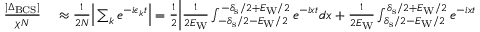
\begin{array} { r l } { \frac { | \Delta _ { \mathrm { B C S } } | } { \chi N } } & { { } \approx \frac { 1 } { 2 N } \Big | \sum _ { k } e ^ { - i \epsilon _ { k } t } \Big | = \frac { 1 } { 2 } \bigg | \frac { 1 } { 2 E _ { \mathrm { W } } } \int _ { - \delta _ { \mathrm { s } } / 2 - E _ { \mathrm { W } } / 2 } ^ { - \delta _ { \mathrm { s } } / 2 + E _ { \mathrm { W } } / 2 } e ^ { - i x t } d x + \frac { 1 } { 2 E _ { \mathrm { W } } } \int _ { \delta _ { \mathrm { s } } / 2 - E _ { \mathrm { W } } / 2 } ^ { \delta _ { \mathrm { s } } / 2 + E _ { \mathrm { W } } / 2 } e ^ { - i x t } d x \bigg | } \end{array}